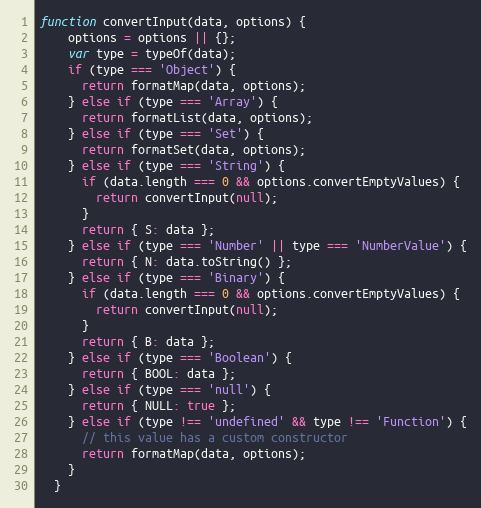
Language: JavaScript
function convertInput(data, options) {
    options = options || {};
    var type = typeOf(data);
    if (type === 'Object') {
      return formatMap(data, options);
    } else if (type === 'Array') {
      return formatList(data, options);
    } else if (type === 'Set') {
      return formatSet(data, options);
    } else if (type === 'String') {
      if (data.length === 0 && options.convertEmptyValues) {
        return convertInput(null);
      }
      return { S: data };
    } else if (type === 'Number' || type === 'NumberValue') {
      return { N: data.toString() };
    } else if (type === 'Binary') {
      if (data.length === 0 && options.convertEmptyValues) {
        return convertInput(null);
      }
      return { B: data };
    } else if (type === 'Boolean') {
      return { BOOL: data };
    } else if (type === 'null') {
      return { NULL: true };
    } else if (type !== 'undefined' && type !== 'Function') {
      // this value has a custom constructor
      return formatMap(data, options);
    }
  }